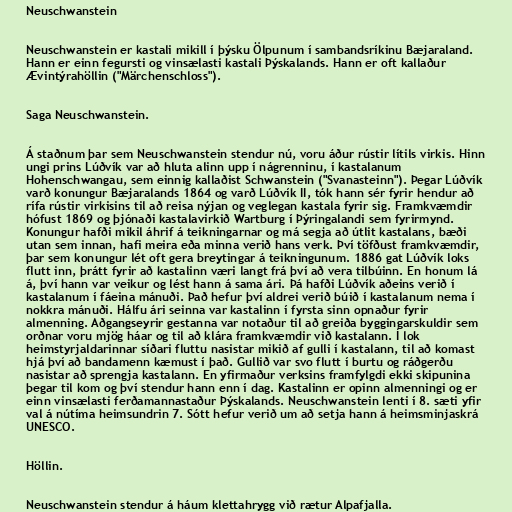
Neuschwanstein

Neuschwanstein er kastali mikill í þýsku Ölpunum í sambandsríkinu Bæjaraland.
Hann er einn fegursti og vinsælasti kastali Þýskalands. Hann er oft kallaður
Ævintýrahöllin ("Märchenschloss").

Saga Neuschwanstein.

Á staðnum þar sem Neuschwanstein stendur nú, voru áður rústir lítils virkis. Hinn
ungi prins Lúðvík var að hluta alinn upp í nágrenninu, í kastalanum
Hohenschwangau, sem einnig kallaðist Schwanstein ("Svanasteinn"). Þegar Lúðvík
varð konungur Bæjaralands 1864 og varð Lúðvík II, tók hann sér fyrir hendur að
rífa rústir virkisins til að reisa nýjan og veglegan kastala fyrir sig. Framkvæmdir
hófust 1869 og þjónaði kastalavirkið Wartburg í Þýringalandi sem fyrirmynd.
Konungur hafði mikil áhrif á teikningarnar og má segja að útlit kastalans, bæði
utan sem innan, hafi meira eða minna verið hans verk. Því töfðust framkvæmdir,
þar sem konungur lét oft gera breytingar á teikningunum. 1886 gat Lúðvík loks
flutt inn, þrátt fyrir að kastalinn væri langt frá því að vera tilbúinn. En honum lá
á, því hann var veikur og lést hann á sama ári. Þá hafði Lúðvík aðeins verið í
kastalanum í fáeina mánuði. Það hefur því aldrei verið búið í kastalanum nema í
nokkra mánuði. Hálfu ári seinna var kastalinn í fyrsta sinn opnaður fyrir
almenning. Aðgangseyrir gestanna var notaður til að greiða byggingarskuldir sem
orðnar voru mjög háar og til að klára framkvæmdir við kastalann. Í lok
heimstyrjaldarinnar síðari fluttu nasistar mikið af gulli í kastalann, til að komast
hjá því að bandamenn kæmust í það. Gullið var svo flutt í burtu og ráðgerðu
nasistar að sprengja kastalann. En yfirmaður verksins framfylgdi ekki skipunina
þegar til kom og því stendur hann enn í dag. Kastalinn er opinn almenningi og er
einn vinsælasti ferðamannastaður Þýskalands. Neuschwanstein lenti í 8. sæti yfir
val á nútíma heimsundrin 7. Sótt hefur verið um að setja hann á heimsminjaskrá
UNESCO.

Höllin.

Neuschwanstein stendur á háum klettahrygg við rætur Alpafjalla.